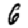
Digit: 6